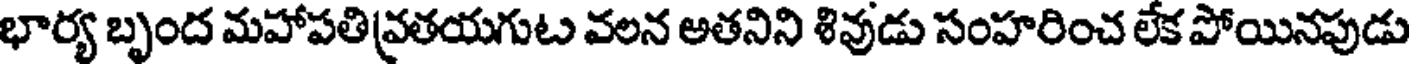
భార్య బృంద మహాపతివ్రతయగుట వలన అతనిని శివుడు సంహరించ లేక పోయినపుడు